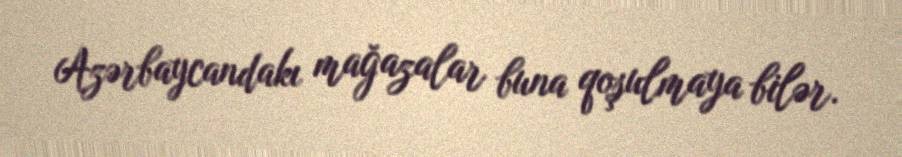
Azərbaycandakı mağazalar buna qoşulmaya bilər.